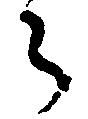
々